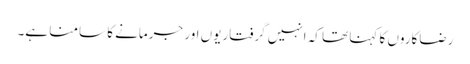
رضاکاروں کا کہنا تھا کہ انہیں گرفتاریوں اور جرمانے کا سامنا ہے۔